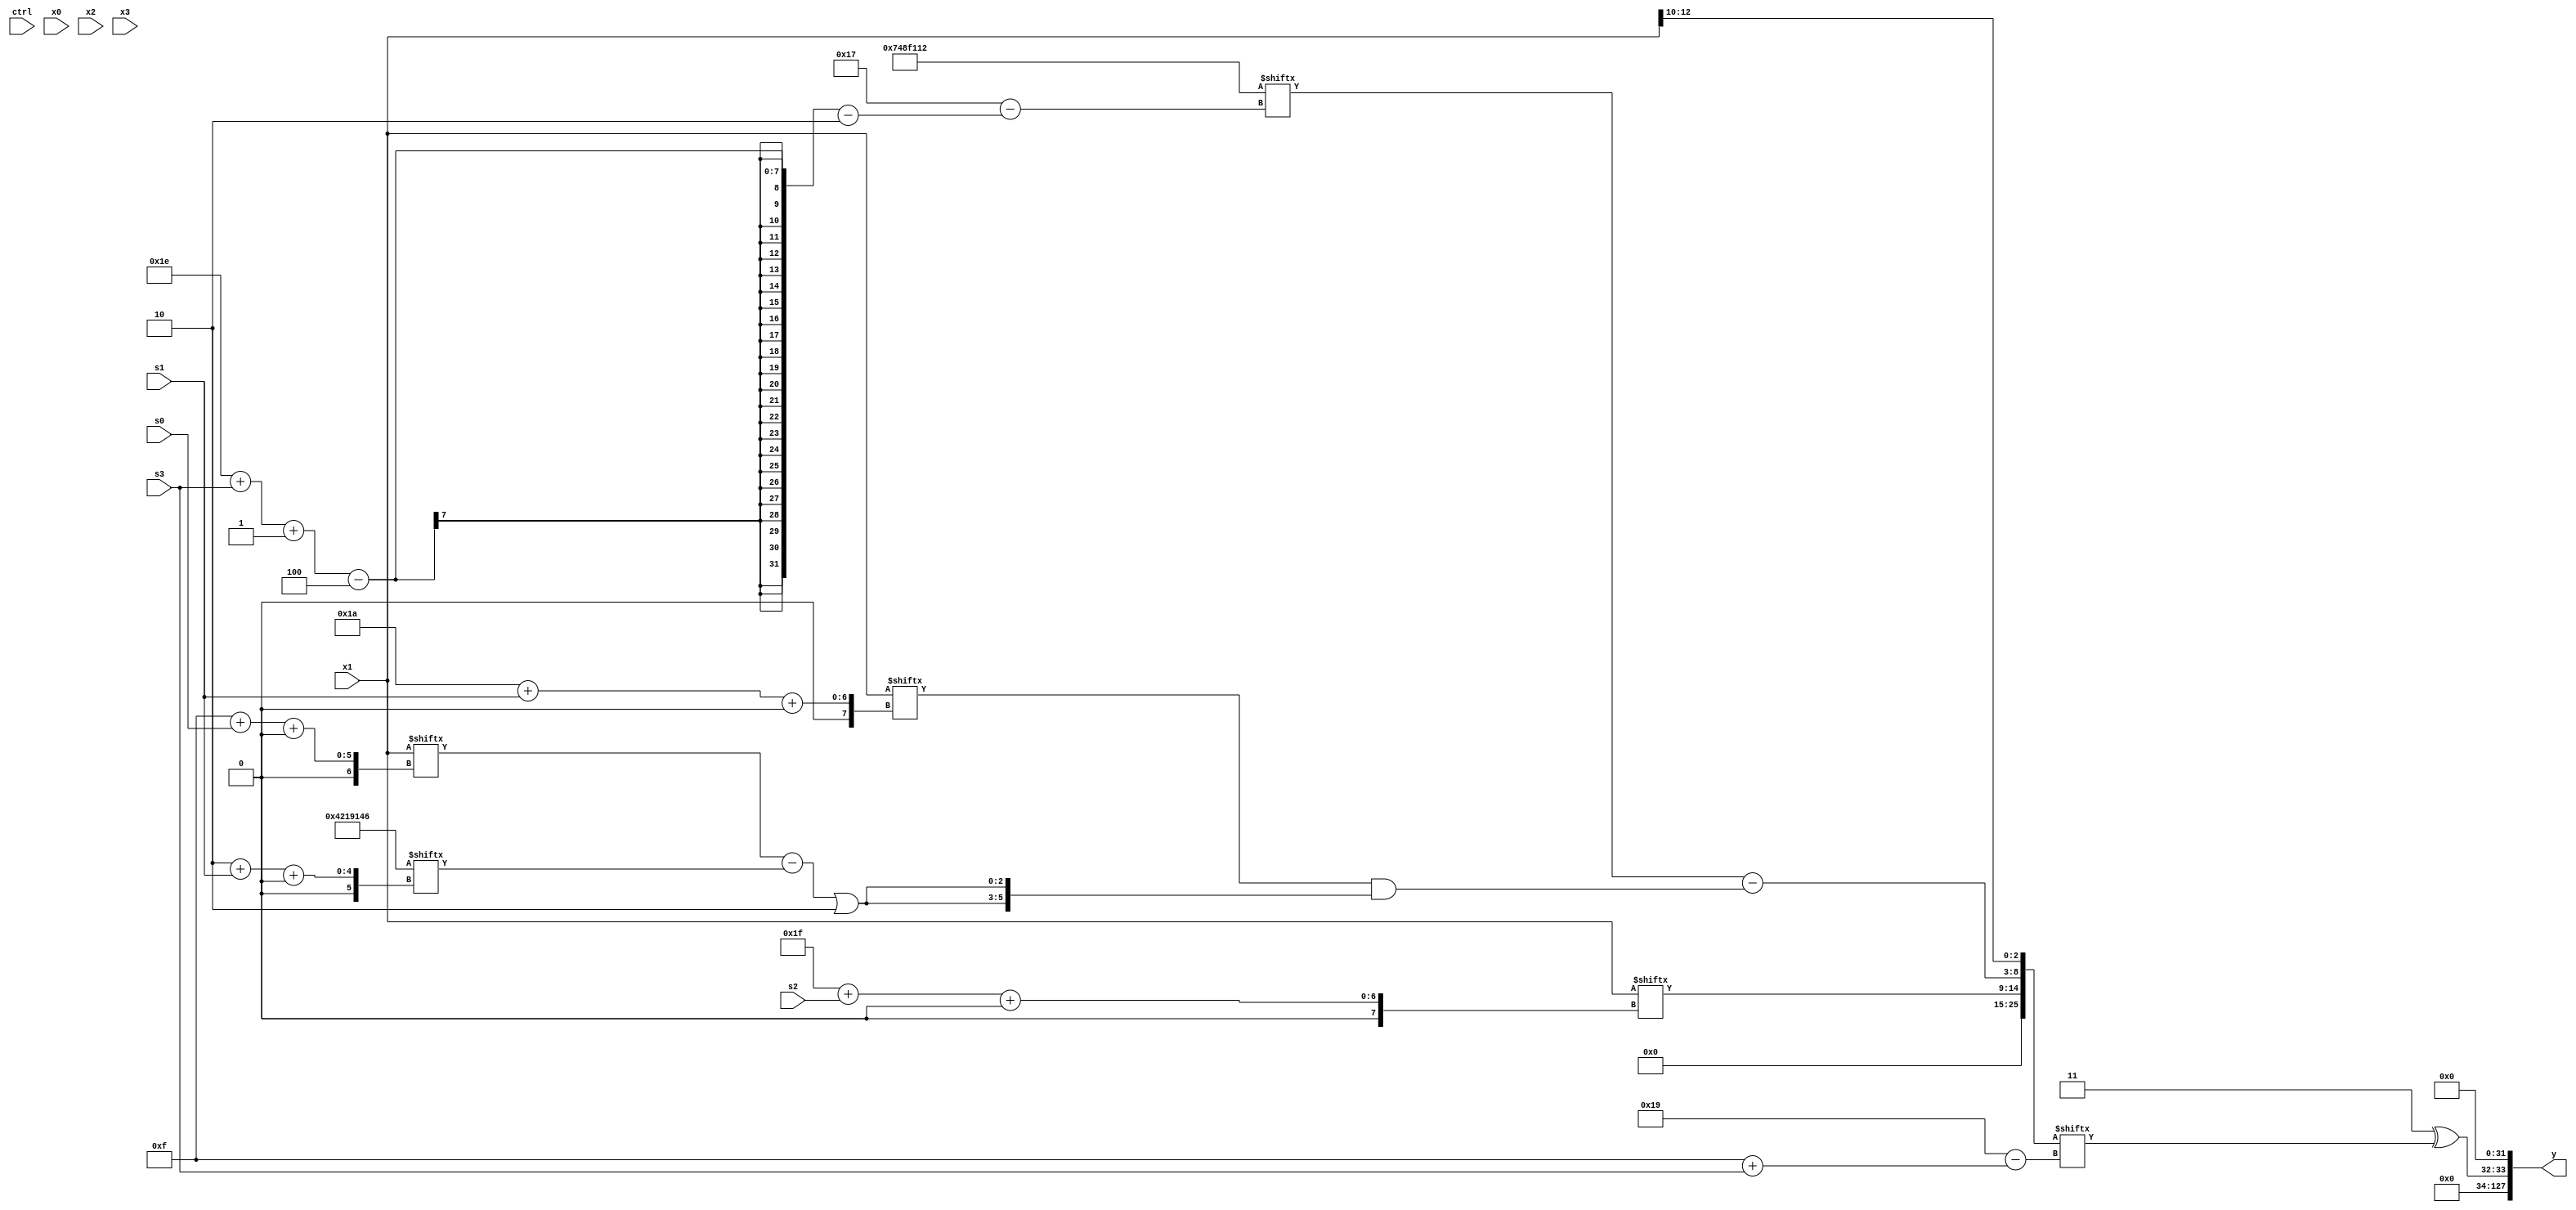
module partsel_00647(ctrl, s0, s1, s2, s3, x0, x1, x2, x3, y);
  input [3:0] ctrl;
  input [2:0] s0;
  input [2:0] s1;
  input [2:0] s2;
  input [2:0] s3;
  input signed [31:0] x0;
  input signed [31:0] x1;
  input signed [31:0] x2;
  input signed [31:0] x3;
  wire signed [29:6] x4;
  wire [2:30] x5;
  wire signed [0:25] x6;
  wire [7:29] x7;
  wire [0:26] x8;
  wire [3:27] x9;
  wire [26:6] x10;
  wire [2:31] x11;
  wire [30:6] x12;
  wire signed [5:24] x13;
  wire signed [1:28] x14;
  wire [27:0] x15;
  output [127:0] y;
  wire signed [31:0] y0;
  wire signed [31:0] y1;
  wire [31:0] y2;
  wire [31:0] y3;
  assign y = {y0,y1,y2,y3};
  localparam [28:6] p0 = 605857923;
  localparam [2:28] p1 = 927527186;
  localparam [26:0] p2 = 69308742;
  localparam signed [28:5] p3 = 621521042;
  assign x4 = x3[11];
  assign x5 = {(p2[8 + s3] ^ x3[7 + s1 +: 4]), {2{{(p2[12 + s0] - {2{x1[11 + s1 -: 7]}}), x3}}}};
  assign x6 = {{x1[31 + s2 +: 6], (p1[30 + s3 -: 4] - (x1[26 + s1 +: 4] & {2{((x1[15 + s0 +: 1] - p2[2 + s1 +: 2]) | p1[19 +: 3])}}))}, x1[12 -: 3]};
  assign x7 = {2{p1[9 + s1 +: 7]}};
  assign x8 = {x1, p3[7 + s1]};
  assign x9 = {2{x3[18 +: 3]}};
  assign x10 = x7[25 + s2 +: 8];
  assign x11 = ({{x3[15], ((ctrl[3] || ctrl[2] && ctrl[0] ? p2 : p2[15 + s2]) & (x10[13 + s2 -: 7] | (x5[20] ^ p0[16 + s0])))}, x5} ^ {2{(((x7[29 + s2 -: 6] | x0[14 + s0]) ^ x3[20 + s3 +: 7]) & ({p2[16 -: 2], p3[12 +: 1]} ^ x5[16]))}});
  assign x12 = x7[22 + s2 +: 6];
  assign x13 = x7[15 + s1 +: 1];
  assign x14 = x3[9 + s3];
  assign x15 = ({2{x2}} | (p0[20 + s3 -: 3] + p0[10 +: 1]));
  assign y0 = p3[11];
  assign y1 = p3[13];
  assign y2 = (p1[13 +: 2] ^ x6[15 + s3]);
  assign y3 = p0[11];
endmodule